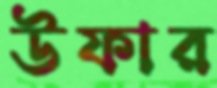
উফার